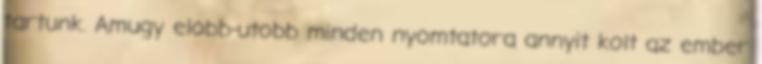
tartunk. Amugy elobb-utobb minden nyomtatora annyit kolt az ember